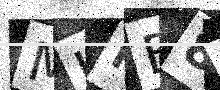
Text: MHFE8P